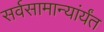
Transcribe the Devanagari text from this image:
सर्वसामान्यांर्यंत